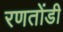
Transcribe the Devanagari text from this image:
रणतोंडी